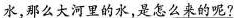
水，那么大河里的水，是怎么来的呢?